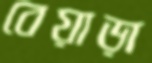
বেয়াড়া